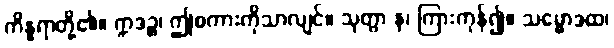
ကိန္နရာတို့၏။ ဣဒဉ္စ၊ ဤစကားကိုသာလျင်။ သုတွာ န၊ ကြားကုန်၍။ သမ္မောဒထ၊